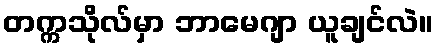
တက္ကသိုလ်မှာ ဘာမေဂျာ ယူချင်လဲ။